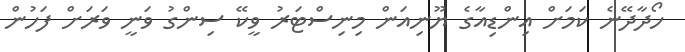
ހޯދާދޭނެ ކަމަށް އިންޑިއާގެ ޔޫނިއަން މިނިސްޓަރު ވީކޭ ސިންގު ވަނީ ވަރަށް ފަހުން